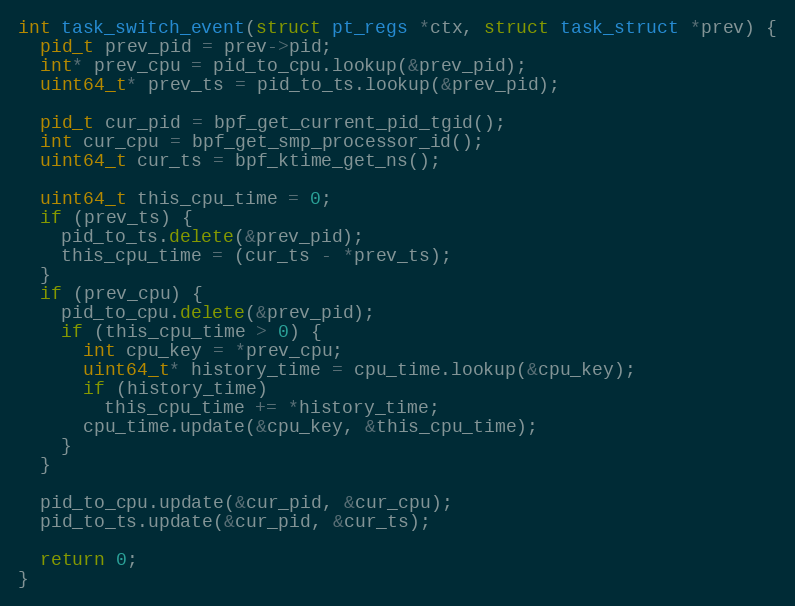
Language: C++
int task_switch_event(struct pt_regs *ctx, struct task_struct *prev) {
  pid_t prev_pid = prev->pid;
  int* prev_cpu = pid_to_cpu.lookup(&prev_pid);
  uint64_t* prev_ts = pid_to_ts.lookup(&prev_pid);

  pid_t cur_pid = bpf_get_current_pid_tgid();
  int cur_cpu = bpf_get_smp_processor_id();
  uint64_t cur_ts = bpf_ktime_get_ns();

  uint64_t this_cpu_time = 0;
  if (prev_ts) {
    pid_to_ts.delete(&prev_pid);
    this_cpu_time = (cur_ts - *prev_ts);
  }
  if (prev_cpu) {
    pid_to_cpu.delete(&prev_pid);
    if (this_cpu_time > 0) {
      int cpu_key = *prev_cpu;
      uint64_t* history_time = cpu_time.lookup(&cpu_key);
      if (history_time)
        this_cpu_time += *history_time;
      cpu_time.update(&cpu_key, &this_cpu_time);
    }
  }

  pid_to_cpu.update(&cur_pid, &cur_cpu);
  pid_to_ts.update(&cur_pid, &cur_ts);

  return 0;
}